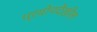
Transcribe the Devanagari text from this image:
प्रयोगदेखील